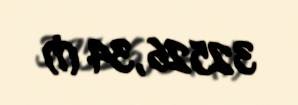
32526,34 ₼